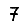
Digit: 7